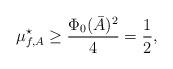
LaTeX: \begin{align*}\mu_{f,A}^\star \ge \frac{\Phi_0(\bar A)^2}{4} = \dfrac{1}{2},\end{align*}